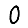
Digit: 0